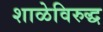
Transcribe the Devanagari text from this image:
शाळेविरुद्ध